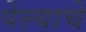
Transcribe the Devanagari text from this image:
पेल्याचे